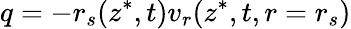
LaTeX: q=-r_{s}(z^{*},t)v_{r}(z^{*},t,r=r_{s})